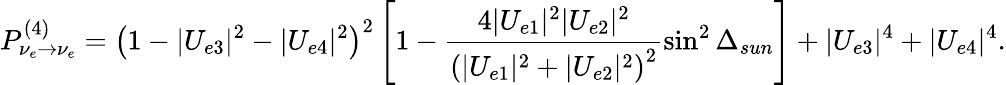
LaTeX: P_{{\nu}_{e}\to{\nu}_{e}}^{(4)}=\left(1-|U_{e3}|^{2}-|U_{e4}|^{2}\right)^{2}\left[1-\frac{4|U_{e1}|^{2}|U_{e2}|^{2}}{\left(|U_{e1}|^{2}+|U_{e2}|^{2}\right)^{2}}\sin^{2}{\Delta_{sun}}\right]+|U_{e3}|^{4}+|U_{e4}|^{4}.